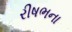
રીષભના